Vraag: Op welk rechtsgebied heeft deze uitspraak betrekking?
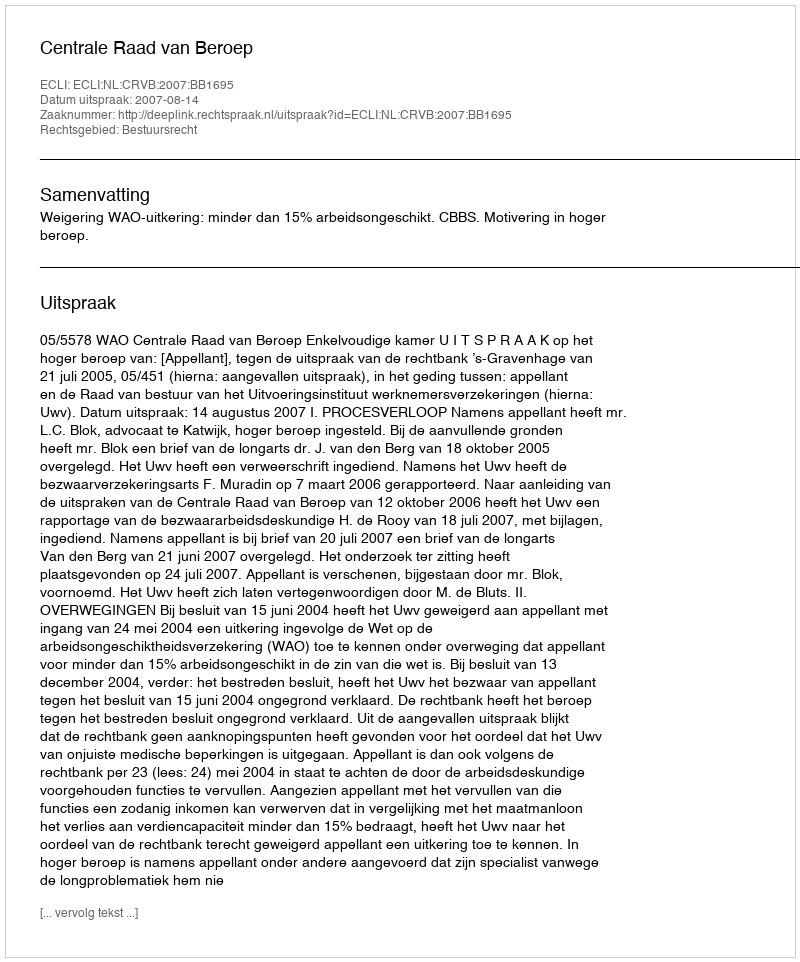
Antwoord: Bestuursrecht